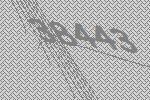
38443